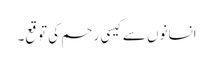
انسانوں سے کیسی رحم کی توقع۔